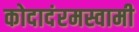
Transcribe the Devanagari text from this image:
कोदादंरमस्वामी